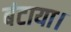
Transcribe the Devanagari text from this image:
बंटाया।